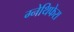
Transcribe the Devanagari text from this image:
ग्नेथिफेरा